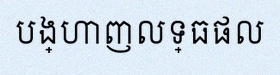
បង្ហាញលទ្ធផល